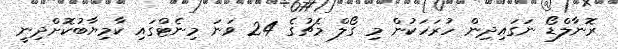
ރޮނާލްޑޯ ނަގައިދިން ހުރަހަކުން މި ގޯލް މެޗުގެ 24 ވަނަ މިނެޓްގައި ކާމިޔާބުކޮށްދިނީ